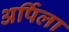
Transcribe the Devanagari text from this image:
अर्पिला